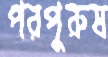
পরপুরুষ